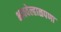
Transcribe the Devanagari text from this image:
भाववेल्हाळपणा